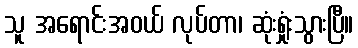
သူ အရောင်းအဝယ် လုပ်တာ၊ ဆုံးရှုံးသွားပြီ။